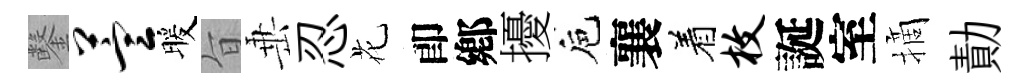
鑿萱暖旨𡸁忍花卽鄕擾巵襄着枚誕室摘勣